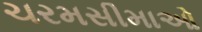
ચરમસીમાઓ